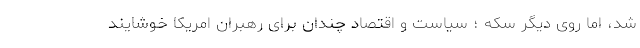
شد، اما روی دیگر سکه ؛ سیاست و اقتصاد چندان برای رهبران امریکا خوشایند